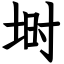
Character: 埘